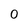
Character: 0